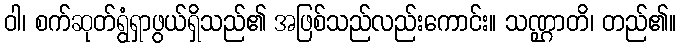
ဝါ၊ စက်ဆုတ်ရွံရှာဖွယ်ရှိသည်၏ အဖြစ်သည်လည်းကောင်း။ သဏ္ဌာတိ၊ တည်၏။